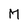
Character: M